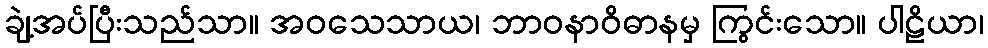
ချဲ့အပ်ပြီးသည်သာ။ အဝသေသာယ၊ ဘာဝနာဝိဓာနမှ ကြွင်းသော။ ပါဠိယာ၊